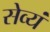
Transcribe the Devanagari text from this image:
सेव्यं